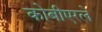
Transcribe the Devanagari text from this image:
कोबीएरले